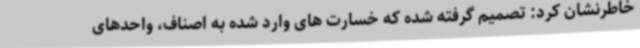
خاطرنشان کرد: تصمیم گرفته شده که خسارت های وارد شده به اصناف، واحدهای